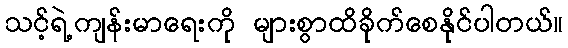
သင့်ရဲ့ကျန်းမာရေးကို များစွာထိခိုက်စေနိုင်ပါတယ်။